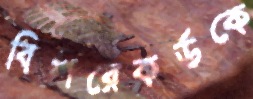
বিশ্বরেকর্ডকে